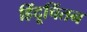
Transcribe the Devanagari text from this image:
हिंदूचिंतन